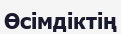
Өсімдіктің